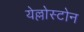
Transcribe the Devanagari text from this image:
येल्लोस्टोन